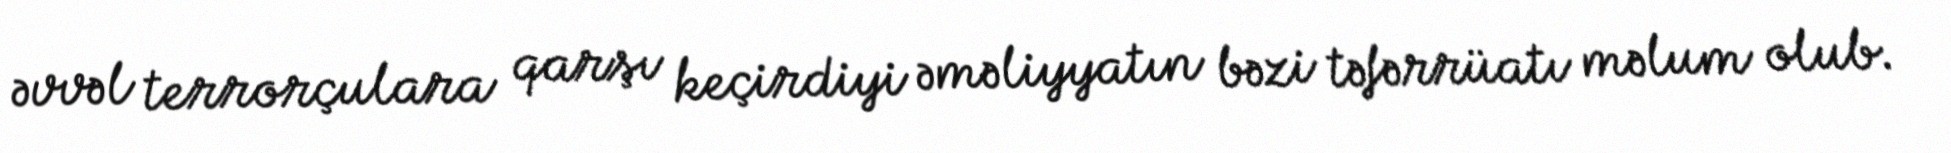
əvvəl terrorçulara qarşı keçirdiyi əməliyyatın bəzi təfərrüatı məlum olub.